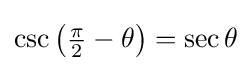
\csc \left({\tfrac {\pi }{2}}-\theta \right)=\sec \theta